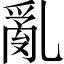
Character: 亂